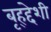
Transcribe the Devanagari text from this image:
बृह्द्देशी